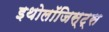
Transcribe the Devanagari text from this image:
इथोलॉजिस्ट्स